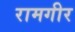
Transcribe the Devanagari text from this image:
रामगीर